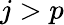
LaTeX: j>p